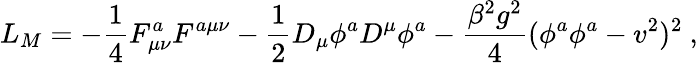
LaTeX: L_{M}=-\frac{1}{4}F_{\mu\nu}^{a}F^{a\mu\nu}-\frac{1}{2}D_{\mu}\phi^{a}D^{\mu}\phi^{a}-\frac{\beta^{2}g^{2}}{4}(\phi^{a}\phi^{a}-v^{2})^{2}\ ,